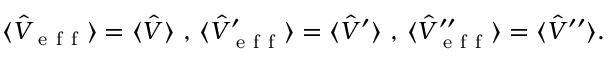
\langle \hat { V } _ { \mathrm { ~ e ~ f ~ f ~ } } \rangle = \langle \hat { V } \rangle \mathrm { ~ , ~ } \langle \hat { V } _ { \mathrm { ~ e ~ f ~ f ~ } } ^ { \prime } \rangle = \langle \hat { V } ^ { \prime } \rangle \mathrm { ~ , ~ } \langle \hat { V } _ { \mathrm { ~ e ~ f ~ f ~ } } ^ { \prime \prime } \rangle = \langle \hat { V } ^ { \prime \prime } \rangle .